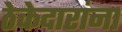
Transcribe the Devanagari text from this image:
ठेकेदारांना